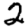
Digit: 2